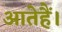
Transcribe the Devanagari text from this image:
आतेहैं।